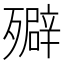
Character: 㱸